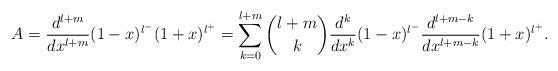
LaTeX: \begin{align*} A = \frac{d^{l+m}}{dx^{l+m}} (1-x)^{l^-} (1+x)^{l^+} = \sum_{k=0}^{l+m} {l+m \choose k} \frac{d^k}{dx^k} (1-x)^{l^-} \frac{d^{l+m-k}}{dx^{l+m-k}} (1+x)^{l^+}.\end{align*}